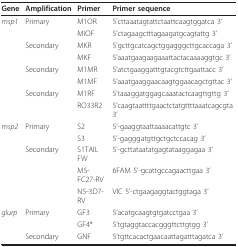
<table><thead><tr><td><b>Gene</b></td><td><b>Amplification</b></td><td><b>Primer</b></td><td><b>Primer sequence</b></td></tr></thead><tbody><tr><td><i>msp1</i></td><td>Primary</td><td>M1OR</td><td>5&#x27;cttaaatagtattctaattcaagtggatca 3&#x27;</td></tr><tr><td></td><td></td><td>MIOF</td><td>5&#x27;ctagaagctttagaagatgcagtattg 3&#x27;</td></tr><tr><td></td><td>Secondary</td><td>MKR</td><td>5&#x27;gcttgcatcagctggagggcttgcaccaga 3&#x27;</td></tr><tr><td></td><td></td><td>MKF</td><td>5&#x27;aaatgaagaagaaattactacaaaaggtgc 3&#x27;</td></tr><tr><td></td><td>Secondary</td><td>M1MR</td><td>5&#x27;atctgaaggatttgtacgtcttgaattacc 3&#x27;</td></tr><tr><td></td><td></td><td>M1MF</td><td>5&#x27;aaatgaaggaacaagtggaacagctgttac 3&#x27;</td></tr><tr><td></td><td>Secondary</td><td>M1RF</td><td>5&#x27;taaaggatggagcaaatactcaagttgttg 3&#x27;</td></tr><tr><td></td><td></td><td>RO33R2</td><td>5&#x27;caagtaattttgaactctatgttttaaatcagcgta 3&#x27;</td></tr><tr><td><i>msp2</i></td><td>Primary</td><td>S2</td><td>5&#x27;-gaaggtaattaaaacattgtc 3&#x27;</td></tr><tr><td></td><td></td><td>S3</td><td>5&#x27;-gagggatgttgctgctccacag 3&#x27;</td></tr><tr><td></td><td>Secondary</td><td>S1TAIL FW</td><td>5&#x27;-gcttataatatgagtataaggagaa 3&#x27;</td></tr><tr><td></td><td></td><td>M5-FC27-RV</td><td>6FAM 5&#x27;-gcattgccagaacttgaa 3&#x27;</td></tr><tr><td></td><td></td><td>N5-3D7-RV</td><td>VIC 5&#x27;-ctgaagaggtactggtaga 3&#x27;</td></tr><tr><td><i>glurp</i></td><td>Primary</td><td>GF3</td><td>5&#x27;acatgcaagtgtgatcctgaa 3&#x27;</td></tr><tr><td></td><td></td><td>GF4*</td><td>5&#x27;tgtaggtaccacgggttcttgtgg 3&#x27;</td></tr><tr><td></td><td>Secondary</td><td>GNF</td><td>5&#x27;tgttcacactgaacaattagatttagatca 3&#x27;</td></tr></tbody></table>